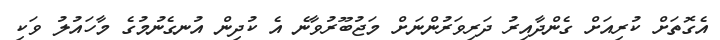
އެގޮތަށް ކުރިއަށް ގެންދާއިރު ދަރިވަރުންނަށް މަޖުބޫރުވާނެ އެ ކުދިން އުނގެނުމުގެ މާހައުލު ވަކި